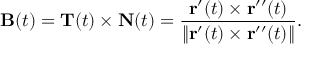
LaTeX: \mathbf { B } ( t ) = \mathbf { T } ( t ) \times \mathbf { N } ( t ) = { \frac { \mathbf { r } ^ { \prime } ( t ) \times \mathbf { r } ^ { \prime \prime } ( t ) } { \| \mathbf { r } ^ { \prime } ( t ) \times \mathbf { r } ^ { \prime \prime } ( t ) \| } } .